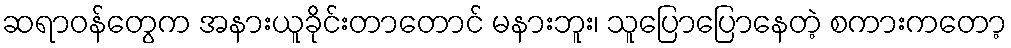
ဆရာဝန်တွေက အနားယူခိုင်းတာတောင် မနားဘူး၊ သူပြောပြောနေတဲ့ စကားကတော့